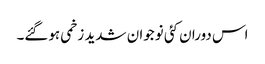
اس دوران کئی نوجوان شدید زخمی ہوگئے۔